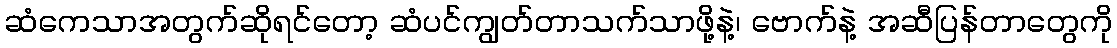
ဆံကေသာအတွက်ဆိုရင်တော့ ဆံပင်ကျွတ်တာသက်သာဖို့နဲ့၊ ဗောက်နဲ့ အဆီပြန်တာတွေကို